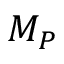
M _ { P }